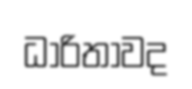
ධාරිතාවද